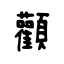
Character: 顴